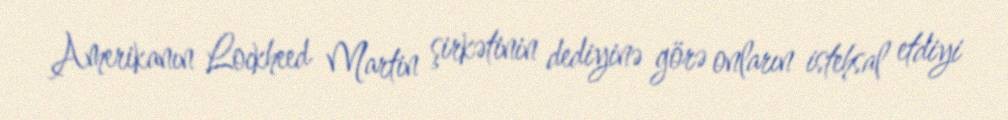
Amerikanın Lockheed Martin şirkətinin dediyinə görə onların istehsal etdiyi